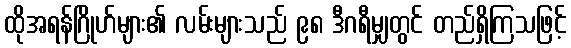
ထိုအရန်ဂြိုဟ်များ၏ လမ်းများသည် ၉၈ ဒီဂရီမျှတွင် တည်ရှိကြသဖြင့်